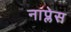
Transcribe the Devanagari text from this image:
नाप्लेस